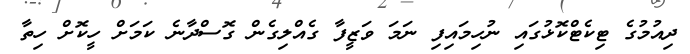
ދިއުމުގެ ޓިކެޓްކޮޅުގައި ނުހިމައިފި ނަމަ ވަޒީފާ ގެއްލިގެން ގޮސްދާނެ ކަމަށް ހީކޮށް ހިތާ